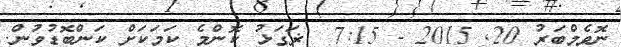
ނޮވެމްބަރު 20